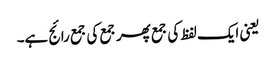
یعنی ایک لفظ کی جمع پھر جمع کی جمع رائج ہے۔